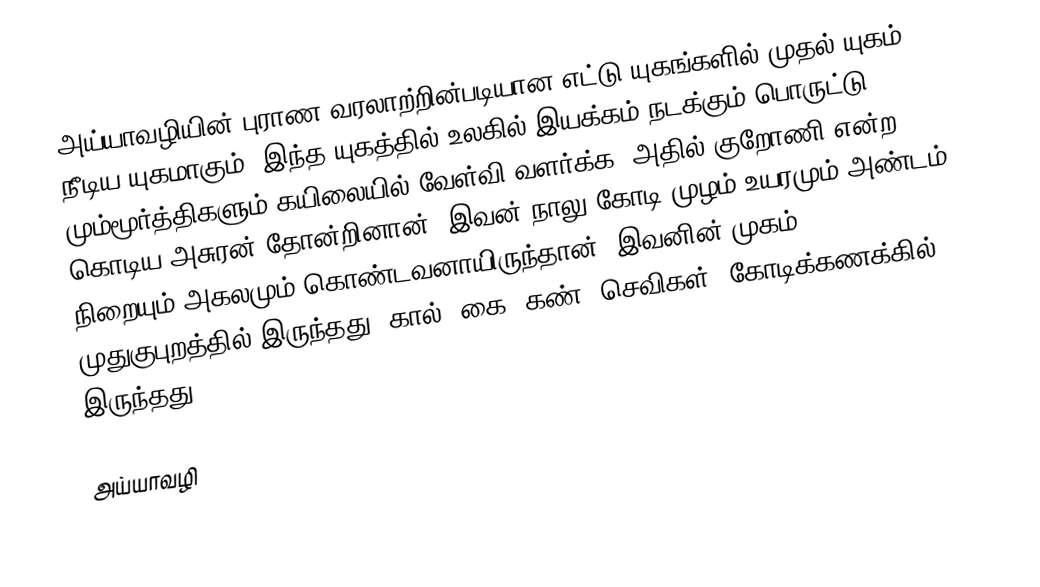
அய்யாவழியின் புராண வரலாற்றின்படியான எட்டு யுகங்களில் முதல் யுகம் நீடிய யுகமாகும். இந்த யுகத்தில் உலகில் இயக்கம் நடக்கும் பொருட்டு மும்மூர்த்திகளும் கயிலையில் வேள்வி வளர்க்க, அதில் குறோணி என்ற கொடிய அசுரன் தோன்றினான். இவன் நாலு கோடி முழம் உயரமும் அண்டம் நிறையும் அகலமும் கொண்டவனாயிருந்தான். இவனின் முகம் முதுகுபுறத்தில் இருந்தது. கால், கை, கண், செவிகள், கோடிக்கணக்கில் இருந்தது.

அய்யாவழி